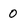
Character: O